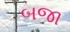
બજા